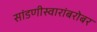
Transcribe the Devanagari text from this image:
सांडणीस्वारांबरोबर